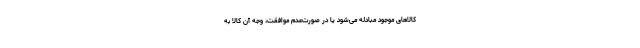
کالاهای موجود مبادله می‌شود یا در صورت‌عدم موافقت، وجه آن کالا به